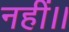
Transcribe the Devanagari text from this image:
नहीं।।